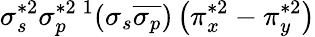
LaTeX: \sigma_{s}^{*2}\sigma_{p}^{*2}{}\, ^{1}(\sigma_{s}\overline{{\sigma_{p}}})\left(\pi_{x}^{*2}-\pi_{y}^{*2}\right)